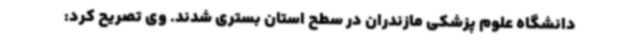
دانشگاه علوم پزشکی مازندران در سطح استان بستری شدند. وی تصریح کرد: